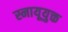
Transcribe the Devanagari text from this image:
स्नायूयुक्त